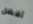
أفضل